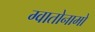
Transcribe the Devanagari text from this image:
ग्वातोनामो